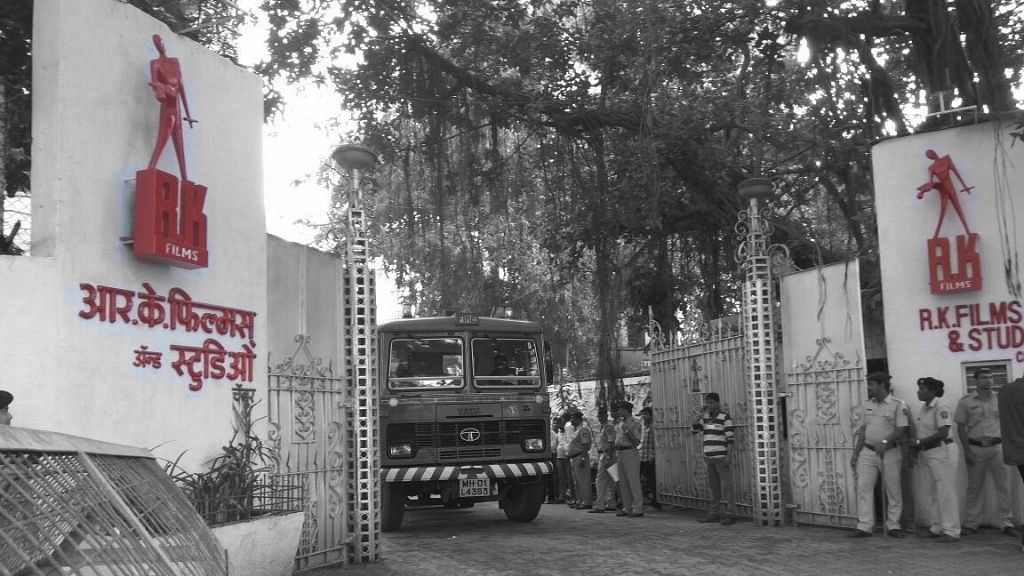
Language: marathi
Transcription: अँड आर के. फिल्म्स स्टुडिओ